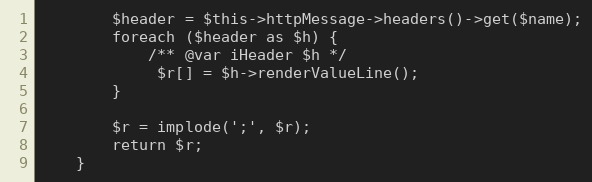
Language: PHP
        $header = $this->httpMessage->headers()->get($name);
        foreach ($header as $h) {
            /** @var iHeader $h */
             $r[] = $h->renderValueLine();
        }

        $r = implode(';', $r);
        return $r;
    }